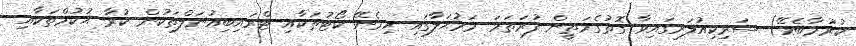
ކުރުމާބެހޭ) ސަރިކިއުލަރގައިވާ ގޮތުގެމަތީން ފުރަތަމަ މަރުޙަލާގައި ހިމެނޭ ކޯޓުތަކާއި ޓްރައިބިއުނަލްތަކުން ކުރާ ޙުކުމްތަކާއި